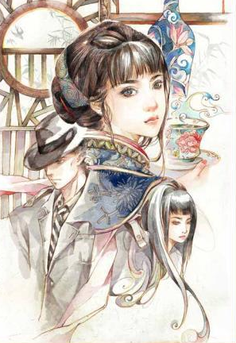
紫萸一枝传赐，梦谁到汉家陵。